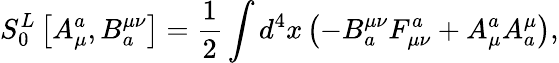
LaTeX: S_{0}^{L}\left[A_{\mu}^{a},B_{a}^{\mu\nu}\right]=\frac 12\int d^{4}x\left(-B_{a}^{\mu\nu}F_{\mu\nu}^{a}+A_{\mu}^{a}A_{a}^{\mu}\right),